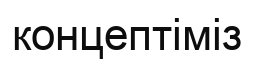
концептіміз